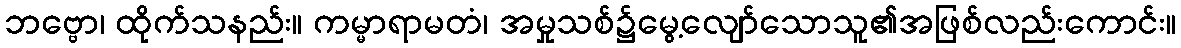
ဘဗ္ဗော၊ ထိုက်သနည်း။ ကမ္မာရာမတံ၊ အမှုသစ်၌မွေ့လျော်သောသူ၏အဖြစ်လည်းကောင်း။